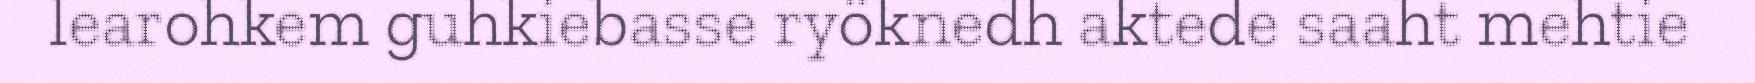
learohkem guhkiebasse ryöknedh aktede saaht mehtie